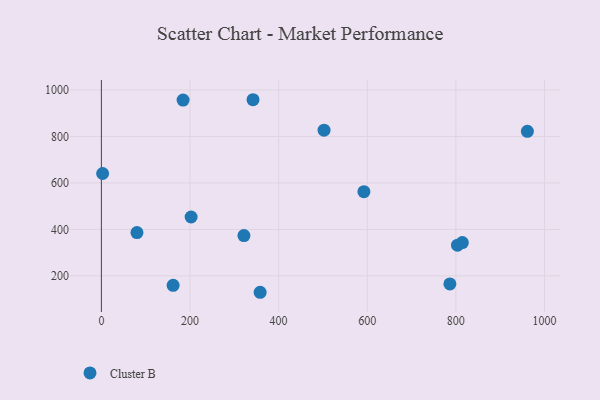
{"axis": {"x": "Price", "y": "Exam Score"}, "legend": ["Cluster B"], "data": [{"x": "502.5", "y": 827.1, "type": "Cluster B"}, {"x": "803.7", "y": 332.1, "type": "Cluster B"}, {"x": "321.7", "y": 373.4, "type": "Cluster B"}, {"x": "814.6", "y": 343.5, "type": "Cluster B"}, {"x": "2.8", "y": 640.5, "type": "Cluster B"}, {"x": "961.4", "y": 822.3, "type": "Cluster B"}, {"x": "202.5", "y": 453.4, "type": "Cluster B"}, {"x": "161.9", "y": 159.4, "type": "Cluster B"}, {"x": "358.3", "y": 129.4, "type": "Cluster B"}, {"x": "80.3", "y": 386.2, "type": "Cluster B"}, {"x": "786.5", "y": 165.4, "type": "Cluster B"}, {"x": "592.5", "y": 562.3, "type": "Cluster B"}, {"x": "342.2", "y": 958.1, "type": "Cluster B"}, {"x": "184.4", "y": 956.7, "type": "Cluster B"}]}